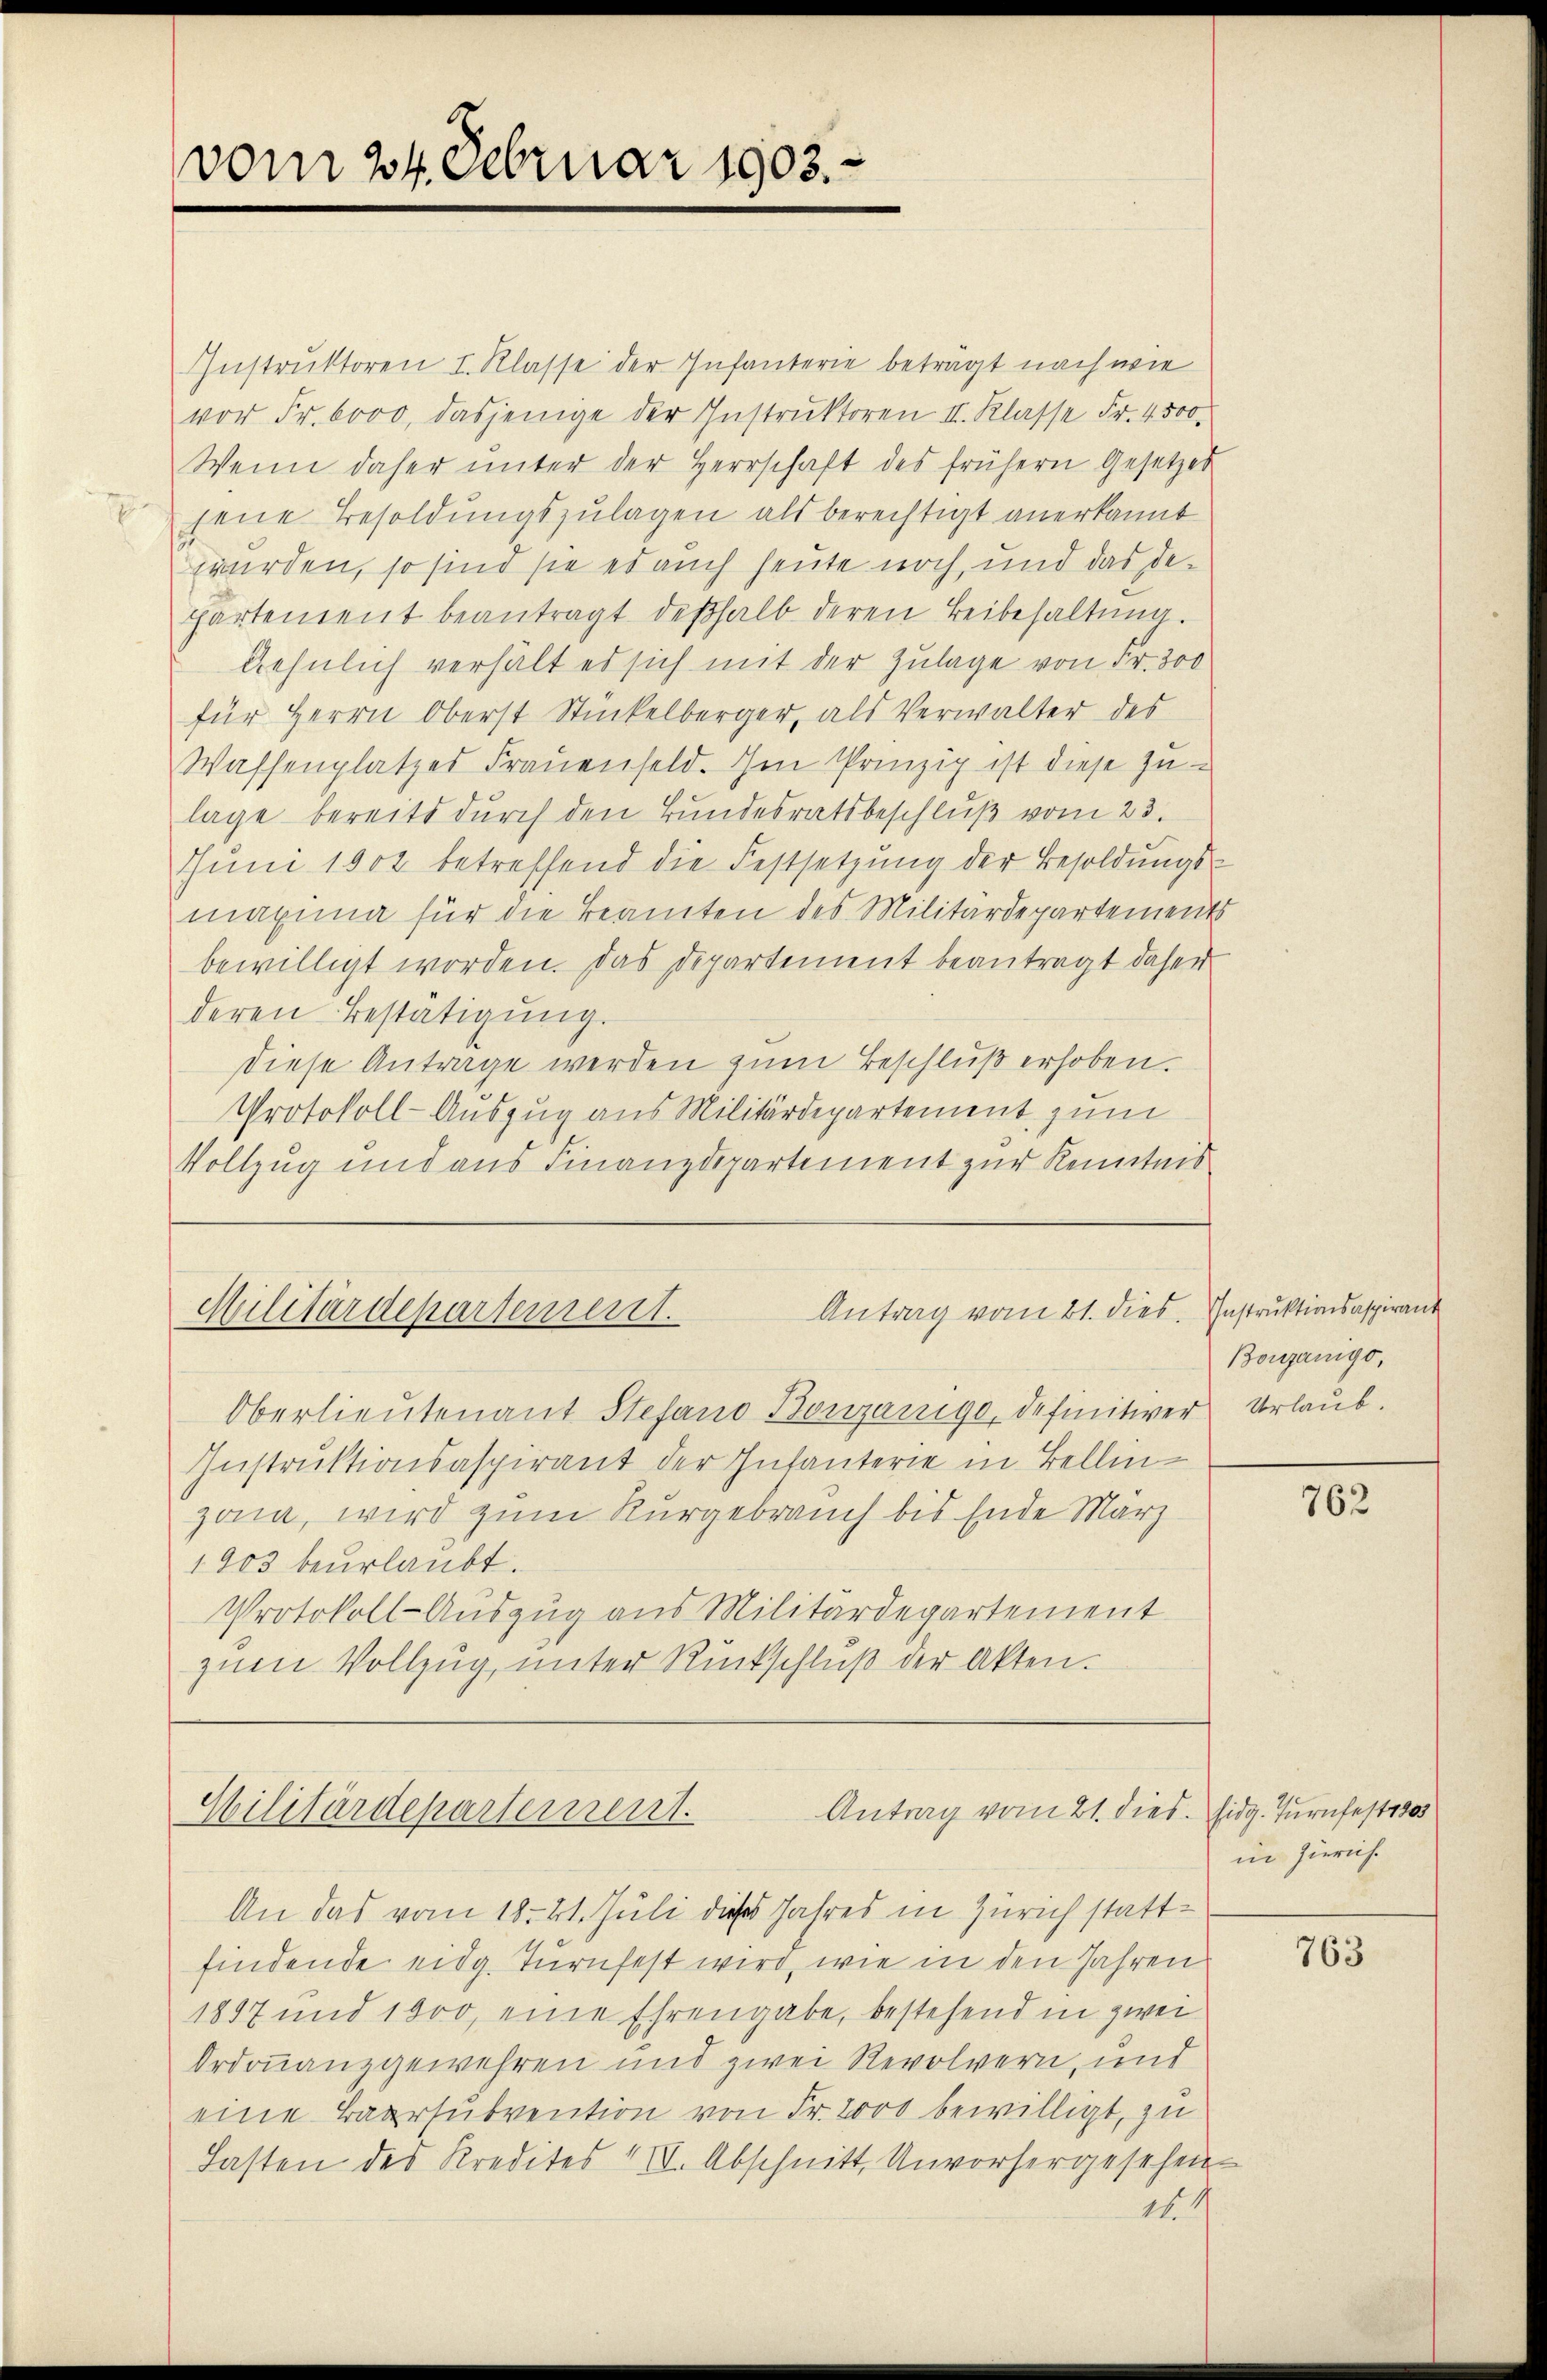
vom 24. Februar 1903.

Instruktoren I. Klasse der Infanterie beträgt nach wie
vor Fr. 6000, dasjenige der Instruktoren II. Klasse Fr. 4500.
Wenn daher ŭnter der Herrschaft des frühern Gesetzes
jene Besoldungszulagen als berechtigt anerkannt
wurden, so sind sie es auch heute noch, und das departement beantragt deβhalb deren Beibehaltŭng.
Aehnlich verhält es sich mit der Zulage von Fr. 300
für Herrn Oberst Stückelberger, als Verwalter des
Wassenplatzes Frauenfeld. Im Prinzip ist diese Zu-
lage bereits durch den Bundesratsbeschluß vom 23.
Jŭni 1902 betreffend die Festsetzŭng der Besoldŭngs-
maxima für die Beamten des Militärdepartements
bewilligt worden. Das Departement beantragt daher
deren Bestätigung.
diese Antrage werden zum Beschluß erhoben.
Protokoll-Auszug aus Militärdepartement zum
Vollzug und aus Finanzdepartement zur Kenntnis

Antrag vom 21. dies. Instruktionsaspirant
Militärdepartement.

Oberlieutenant Stefand Bonzanige, definitiver Urlaub.
Instruktionsaspirant der Infanterie in Bellinzona, wird zum Kurgebrauch bis Ende März
1903 beurlaubt.
Protokoll-Auszug aus Militärdepartement
zum Vollzug, unter Rückschluß der Akten.

Antrag vom 21. dies. Eidg. Turnfest 1805
Militärdepartement.

An das vom 18. 21. Juli dieses Jahres in Zürich stattfindende eidg. Turnfest wird, wie in den Jahren
1897 und 1000, eine Ehrengabe, bestehend in zwei
Ordonanzgewehren und zwei Revolvern, und
eine Baarsubvention von Fr. 2000 bewilligt, zu
Lasten des Kredites . Abschnitt, Unvorhergesehen-
21

Bouzanigo,

762

in Zürich.

763